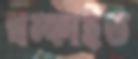
থম্‌কাইত